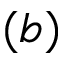
( b )